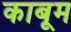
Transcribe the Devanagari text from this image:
काबूम